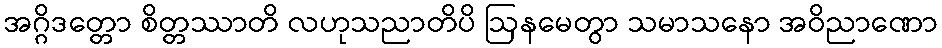
အဂ္ဂိဒတ္တော စိတ္တဿာတိ လဟုသညာတိပိ ဩနမေတွာ သမာသနော အဝိညာဏော